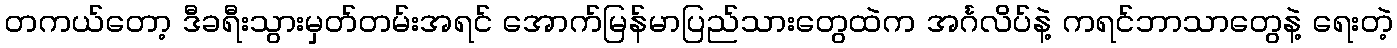
တကယ်တော့ ဒီခရီးသွားမှတ်တမ်းအရင် အောက်မြန်မာပြည်သားတွေထဲက အင်္ဂလိပ်နဲ့ ကရင်ဘာသာတွေနဲ့ ရေးတဲ့